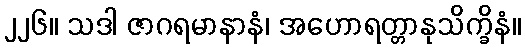
၂၂၆။ သဒါ ဇာဂရမာနာနံ၊ အဟောရတ္တာနုသိက္ခိနံ။